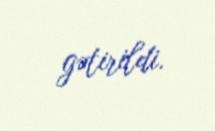
gətirildi.